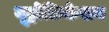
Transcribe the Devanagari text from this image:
यूट्रोफ़िकेशन